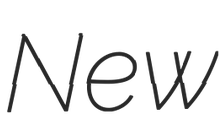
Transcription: New